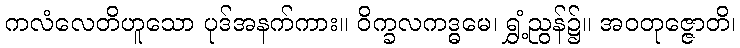
ကလံလေတိဟူသော ပုဒ်အနက်ကား။ ဝိက္ခလကဒ္ဓမေ၊ ရွှံ့ညွန်၌။ အဝတုဇ္ဇောတိ၊